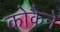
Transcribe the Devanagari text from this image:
कोकैने